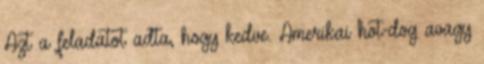
Azt a feladatot adta, hogy kedve. Amerikai hot-dog avagy